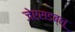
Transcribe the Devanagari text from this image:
जेएसडब्लू